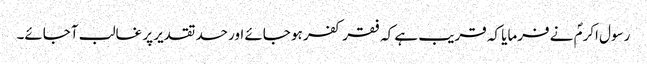
رسول اکرمؐ نے فرمایا کہ قریب ہے کہ فقر کفر ہو جائے اور حسد تقدیر پر غالب آجائے۔